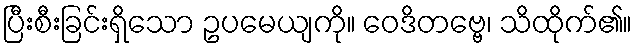
ပြီးစီးခြင်းရှိသော ဥပမေယျကို။ ဝေဒိတဗ္ဗေ၊ သိထိုက်၏။